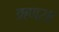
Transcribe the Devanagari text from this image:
ऋण२८